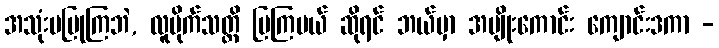
အသုံးမပြုကြဘဲ, လူမိုက်သတ္တိ ပြကြမယ် ဆိုရင် ဘယ်မှာ အမျိုးကောင်း ကျောင်းဒကာ -